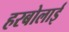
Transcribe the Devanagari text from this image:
हरबोलाई